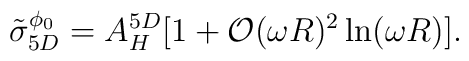
\tilde \sigma_{5D}^{\phi_0}  = A_H^{5D}[ 1 + {\cal O} (\omega R)^2 \ln(\omega R)].